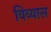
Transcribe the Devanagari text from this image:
विव्यास